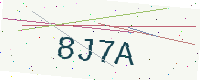
Text: 8J7A